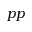
p p